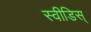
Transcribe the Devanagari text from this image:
स्वीडिस्